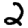
Digit: 2